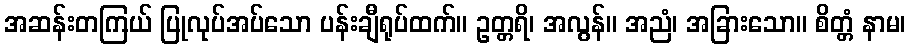
အဆန်းတကြယ် ပြုလုပ်အပ်သော ပန်းချီရုပ်ထက်။ ဥတ္တရိ၊ အလွန်။ အညံ၊ အခြားသော။ စိတ္တံ နာမ၊